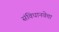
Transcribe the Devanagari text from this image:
संविधानवेत्ता